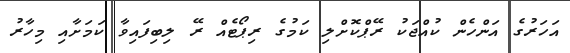
އަހަރުގެ އަންހެން ކުއްޖަކު ރޭޕްކޮށްލި ކަމުގެ ރިޕޯޓެއް ރޭ ލިބިފައިވާ ކަމަށާއި މިހާރު